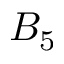
B _ { 5 }